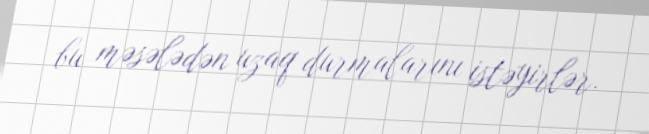
bu məsələdən uzaq durmalarını istəyirlər.